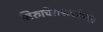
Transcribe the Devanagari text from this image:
तिरुचिरापल्लीपर्यंत